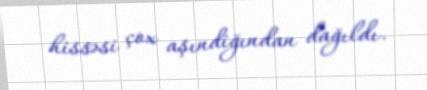
hissəsi çox aşındiğından dağıldı.